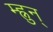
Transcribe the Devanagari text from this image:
म्ह्नुन्